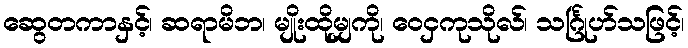
ဆွေတကာနှင့်၊ ဆရာမိဘ၊ မျိုးထိုမျှကို၊ ဝေငှကုသိုလ်၊ သင်္ဂြုဟ်သဖြင့်၊